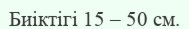
Биіктігі 15 – 50 см.